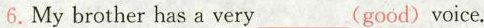
6.My brother has a very___(good)voice.